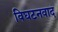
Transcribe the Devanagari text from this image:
विघटनवाद